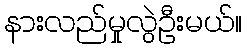
နားလည်မှုလွဲဦးမယ်။